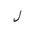
Letter: _lam